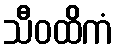
သီဝထိကံ